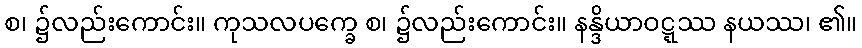
စ၊ ၌လည်းကောင်း။ ကုသလပက္ခေ စ၊ ၌လည်းကောင်း။ နန္ဒိယာဝဋ္ဋဿ နယဿ၊ ၏။